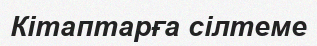
Кітаптарға сілтеме